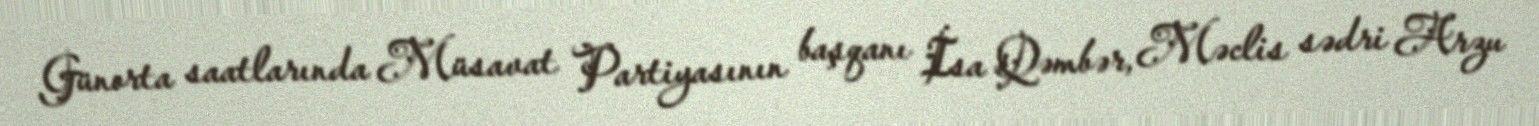
Günorta saatlarında Müsavat Partiyasının başqanı İsa Qəmbər, Məclis sədri Arzu